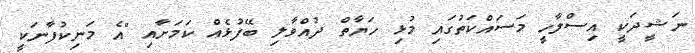
ނަޝީދަކީ އިސްލާހީ މަސައްކަތުގައި މުޅި ހަޔާތް ދުއްވާލި ބޭފުޅެއް ކަމަށާއި "އެ މަނިކުފާނަކީ